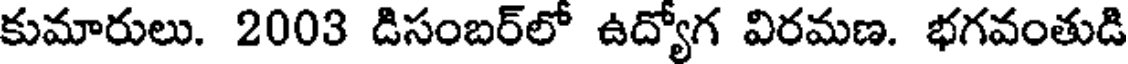
కుమారులు. 2003 డిసంబర్లో ఉద్యోగ విరమణ. భగవంతుడి